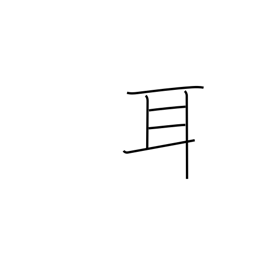
Meaning: ear